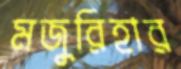
মজুরিহার